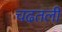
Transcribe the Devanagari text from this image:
चढतली